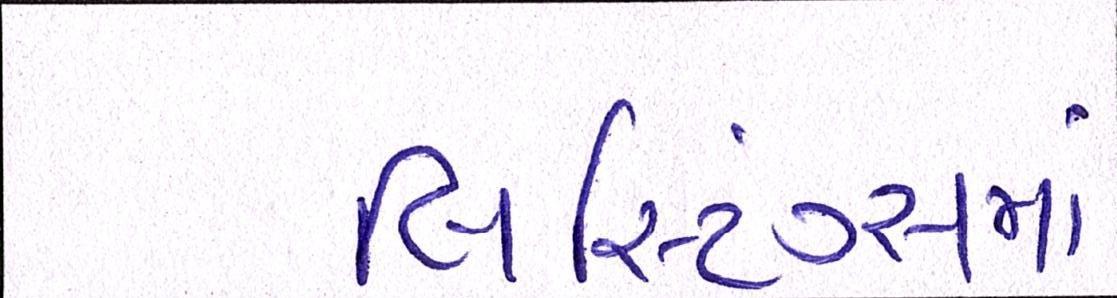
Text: લિસ્ટિંગ્સમાં